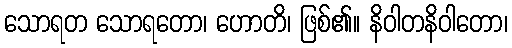
သောရတ သောရတော၊ ဟောတိ၊ ဖြစ်၏။ နိဝါတနိဝါတော၊